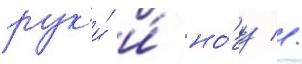
рук'и́ и́ но́гу //